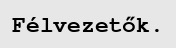
Félvezetők.